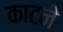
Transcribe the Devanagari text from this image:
काटनेे